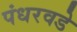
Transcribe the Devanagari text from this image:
पंधरवडे